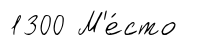
1300 М'е́сто